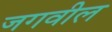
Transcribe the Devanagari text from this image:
जगवील